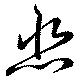
悲